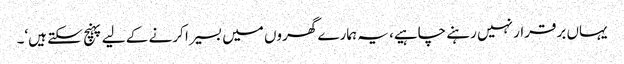
یہاں برقرار نہیں رہنے چاہیے، یہ ہمارے گھروں میں بسیرا کرنے کے لیے پہنچ سکتے ہیں‘۔